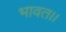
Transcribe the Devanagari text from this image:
भावत।।